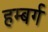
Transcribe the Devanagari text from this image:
हम्बर्ग